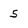
Character: 5